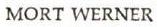
MORT WERNER